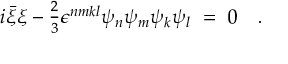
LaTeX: i \bar { \xi } \xi - { \textstyle { \frac 2 3 } } \epsilon ^ { n m k l } \psi _ { n } \psi _ { m } \psi _ { k } \psi _ { l } \ = \ 0 \quad .